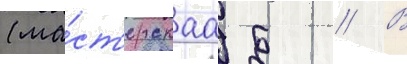
(ма́ст'ерскаа б // В